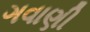
ગવાણી